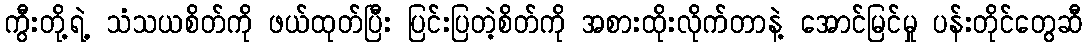
ကွီးတို့ရဲ့ သံသယစိတ်ကို ဖယ်ထုတ်ပြီး ပြင်းပြတဲ့စိတ်ကို အစားထိုးလိုက်တာနဲ့ အောင်မြင်မှု ပန်းတိုင်တွေဆီ